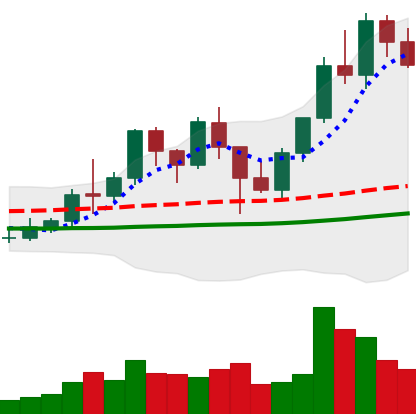
Ticker: LINK-USD
Chart end date: 2021-01-19
Forward return: 19.022%
Label: up_7plus